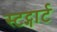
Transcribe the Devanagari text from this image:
स्टट्गार्ट